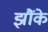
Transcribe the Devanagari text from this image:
झौंके